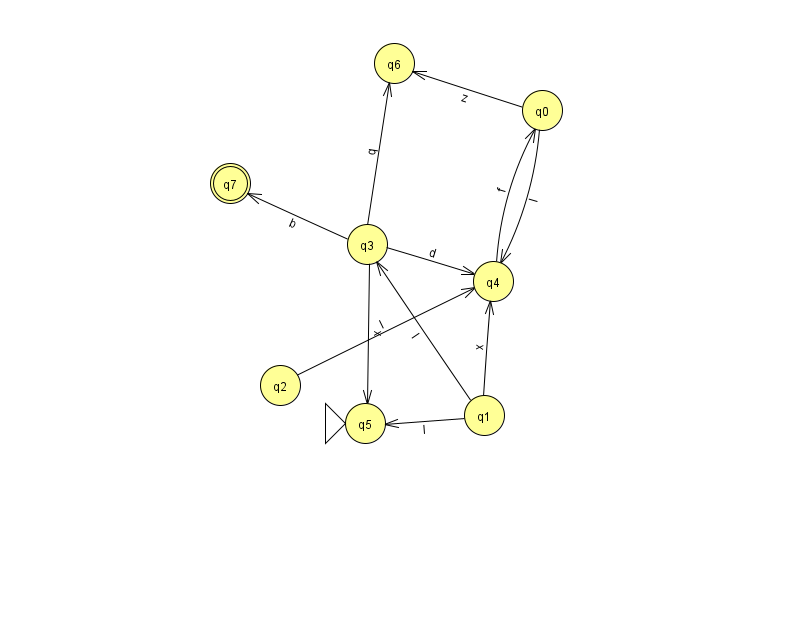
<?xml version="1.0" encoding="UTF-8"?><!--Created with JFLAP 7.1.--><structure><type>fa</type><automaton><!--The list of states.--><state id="0" name="q0"><x>542.0</x><y>97.0</y></state><state id="1" name="q1"><x>484.0</x><y>402.0</y></state><state id="2" name="q2"><x>280.0</x><y>372.0</y></state><state id="3" name="q3"><x>367.0</x><y>231.0</y></state><state id="4" name="q4"><x>493.0</x><y>268.0</y></state><state id="5" name="q5"><x>365.0</x><y>410.0</y><initial/></state><state id="6" name="q6"><x>394.0</x><y>50.0</y></state><state id="7" name="q7"><x>230.0</x><y>170.0</y><final/></state><!--The list of transitions.--><transition><from>0</from><to>4</to><read>I</read></transition><transition><from>0</from><to>6</to><read>z</read></transition><transition><from>1</from><to>5</to><read>l</read></transition><transition><from>3</from><to>4</to><read>d</read></transition><transition><from>3</from><to>7</to><read>b</read></transition><transition><from>1</from><to>3</to><read>l</read></transition><transition><from>3</from><to>6</to><read>q</read></transition><transition><from>1</from><to>4</to><read>x</read></transition><transition><from>2</from><to>4</to><read>l</read></transition><transition><from>3</from><to>5</to><read>x</read></transition><transition><from>4</from><to>0</to><read>f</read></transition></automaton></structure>